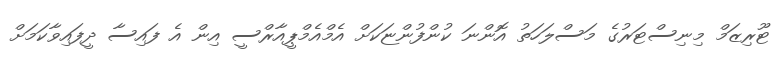
ޓޫރިޒަމް މިނިސްޓަރުގެ މަސްލަހަތު އޮންނަ ކުންފުންޏަކަށް އެމްއެމްޕީއާރްސީ އިން އެ ފައިސާ ދީފައިވާކަމަށް